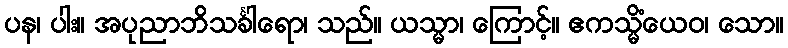
ပန၊ ပါး။ အပုညာဘိသင်္ခါရော၊ သည်။ ယသ္မာ၊ ကြောင့်။ ဧကသ္မိံယေဝ၊ သော။